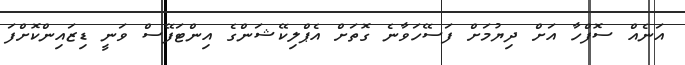
އަނެއް ސޮފްހާ އަށް ދިޔުމަށް ފަސޭހަވާނެ ގޮތަށް އެޕްލިކޭޝަންގެ އިންޓަފޭސް ވަނީ ޑިޒައިންކޮށްފަ